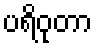
ပရိဝုတာ